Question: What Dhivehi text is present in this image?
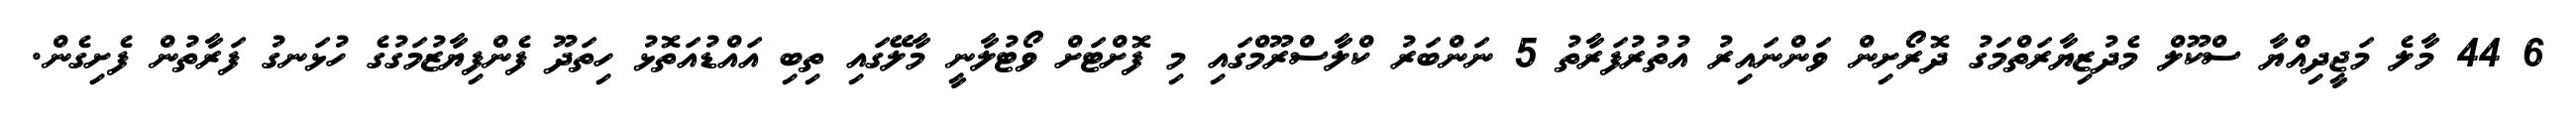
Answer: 6 44 މާލެ މަޖީދިއްޔާ ސްކޫލް މެދުޒިޔާރަތްމަގު ދޮރޯށިން ވަންނައިރު އުތުރުފަރާތު 5 ނަންބަރު ކްލާސްރޫމްގައި މި ފޮށްޓަށް ވޯޓުލާނީ މާލޭގައި ތިބި އައްޑުއަތޮޅު ހިތަދޫ ފެންފިޔާޒުމަގުގެ ހުޅަނގު ފަރާތުން ފެށިގެން.